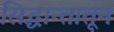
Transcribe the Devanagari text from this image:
सिद्धान्तातून